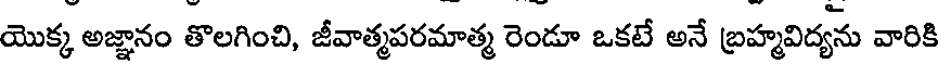
యొక్క అజ్ఞానం తొలగించి, జీవాత్మపరమాత్మ రెండూ ఒకటే అనే బ్రహ్మవిద్యను వారికి